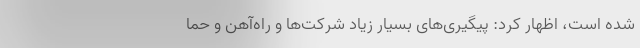
شده است، اظهار کرد: پیگیری‌های بسیار زیاد شرکت‌ها و راه‌آهن و حما